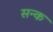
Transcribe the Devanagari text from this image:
सन्क